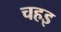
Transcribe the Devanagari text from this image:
चहइ